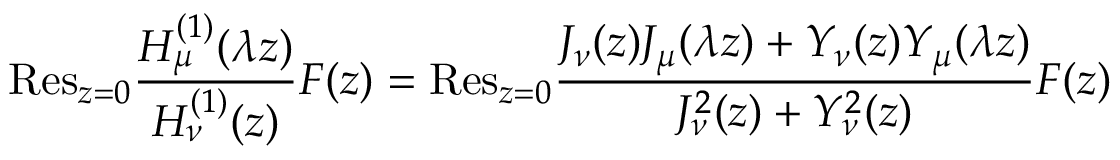
{ \mathrm { R e s } } _ { z = 0 } \frac { H _ { \mu } ^ { ( 1 ) } ( \lambda z ) } { H _ { \nu } ^ { ( 1 ) } ( z ) } F ( z ) = { \mathrm { R e s } } _ { z = 0 } \frac { J _ { \nu } ( z ) J _ { \mu } ( \lambda z ) + Y _ { \nu } ( z ) Y _ { \mu } ( \lambda z ) } { J _ { \nu } ^ { 2 } ( z ) + Y _ { \nu } ^ { 2 } ( z ) } F ( z )